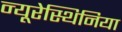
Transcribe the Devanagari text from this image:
न्यूरेस्थिनिया